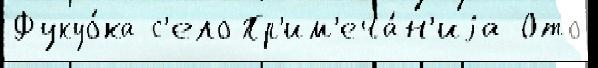
Фукуо́ка с'ело Пр'им'еча́н'иjа Ото